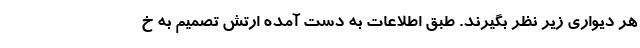
هر دیواری زیر نظر بگیرند. طبق اطلاعات به دست آمده ارتش تصمیم به خ